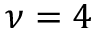
\nu = 4